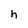
Character: h